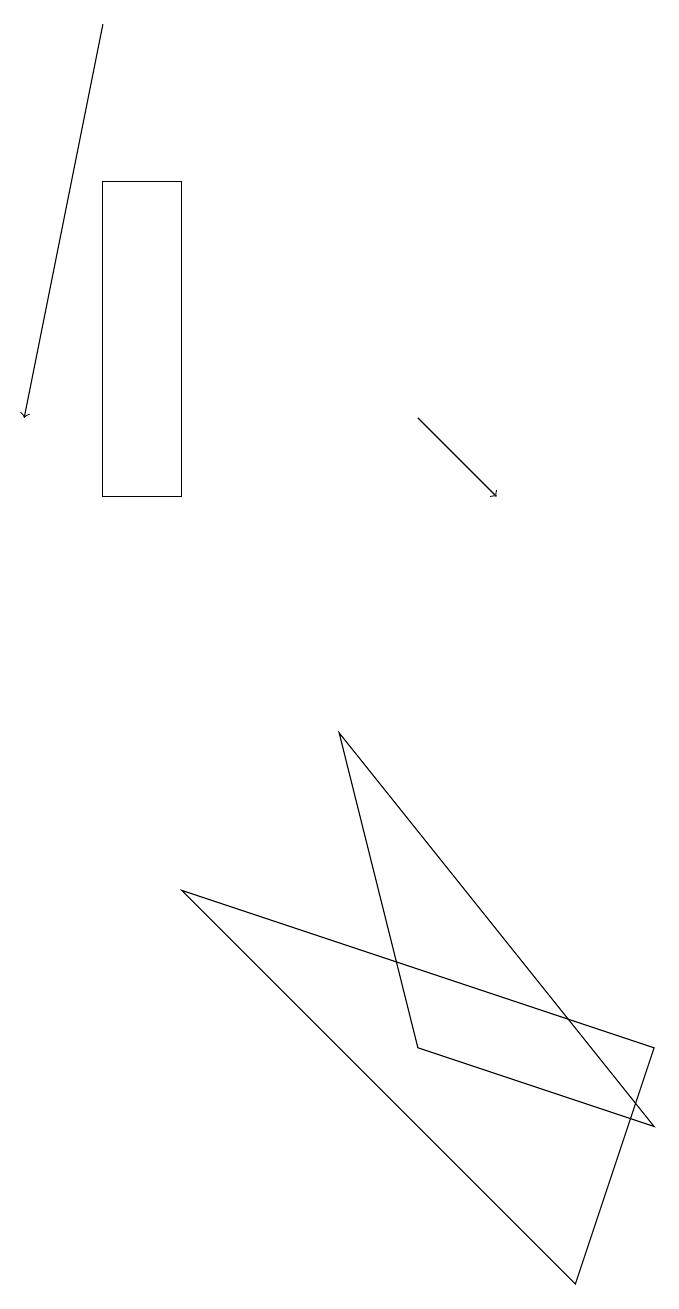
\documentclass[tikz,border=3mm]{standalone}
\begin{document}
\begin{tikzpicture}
\draw (3,15) rectangle (2,11);
\draw (6,4) -- (9,3) -- (5,8) -- cycle;
\draw[->] (2,17) -- (1,12);
\draw[->] (6,12) -- (7,11);
\draw (9,4) -- (8,1) -- (3,6) -- cycle;
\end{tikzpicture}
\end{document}